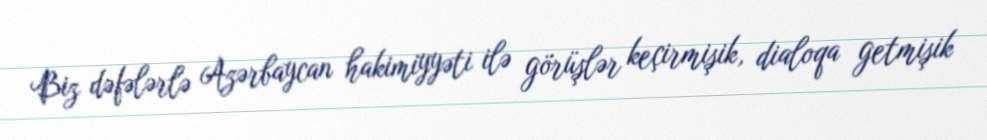
Biz dəfələrlə Azərbaycan hakimiyyəti ilə görüşlər keçirmişik, dialoqa getmişik